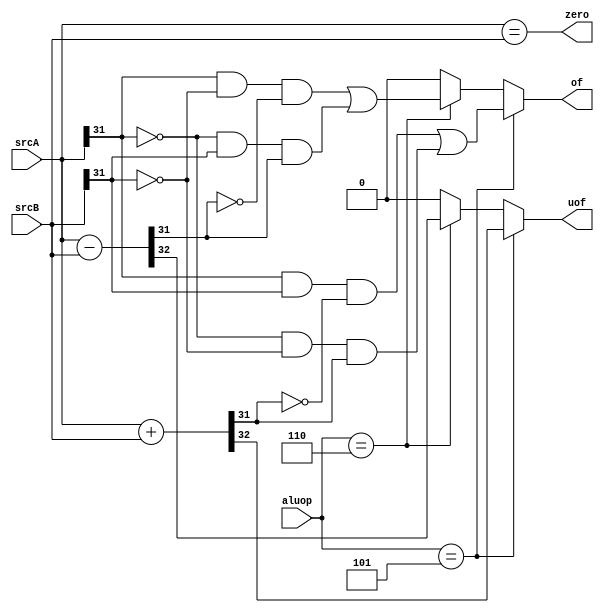
module alu_flags 
#(parameter DATA_WIDTH = 32)
(
    input [DATA_WIDTH-1:0] srcA,
    input [DATA_WIDTH-1:0] srcB,
    input [3:0] aluop,
    output zero,
    output of,
    output uof
);
    wire [DATA_WIDTH-1:0] sum, diff;
    wire carry1, carry2;
    assign {carry1, sum} = srcA + srcB;    
    assign {carry2, diff} = srcA - srcB;    
    assign zero = (srcA == srcB);
    assign of = (aluop == 4'd5) ? ((srcA[DATA_WIDTH-1] & srcB[DATA_WIDTH-1] & ~sum[DATA_WIDTH-1]) | (~srcA[DATA_WIDTH-1] & ~srcB[DATA_WIDTH-1] & sum[DATA_WIDTH-1]))
                : (aluop == 4'd6) ? ((srcA[DATA_WIDTH-1] & ~srcB[DATA_WIDTH-1] & ~diff[DATA_WIDTH-1]) | (~srcA[DATA_WIDTH-1] & srcB[DATA_WIDTH-1] & diff[DATA_WIDTH-1]))
                : 0;
    assign uof = (aluop == 4'd5) ? (carry1)
                : (aluop == 4'd6) ? (carry2)
                : 0;
endmodule